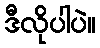
ဒီလိုပါပဲ။